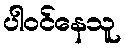
ပါဝင်နေသူ